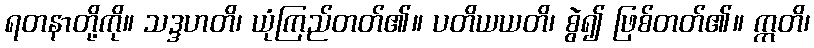
ရတနာတို့ကို။ သဒ္ဒဟတိ၊ ယုံကြည်တတ်၏။ ပတိယယတိ၊ စွဲ၍ ဖြစ်တတ်၏။ ဣတိ၊